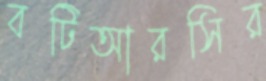
বটিআরসির